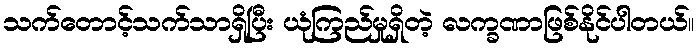
သက်တောင့်သက်သာရှိပြီး ယုံကြည်မှုရှိတဲ့ လက္ခဏာဖြစ်နိုင်ပါတယ်။